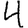
Digit: 4